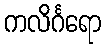
ကလိင်္ဂရော